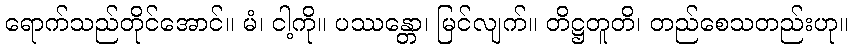
ရောက်သည်တိုင်အောင်။ မံ၊ ငါ့ကို။ ပဿန္တော၊ မြင်လျက်။ တိဋ္ဌတူတိ၊ တည်စေသတည်းဟု။